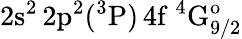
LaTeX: \mathrm{2s^{2}\, 2p^{2}(^{3}P)\, 4f~^{4}G_{9/2}^{o}}